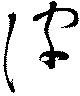
皮